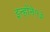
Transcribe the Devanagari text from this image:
इन्होंने१३